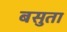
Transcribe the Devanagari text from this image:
बसुता